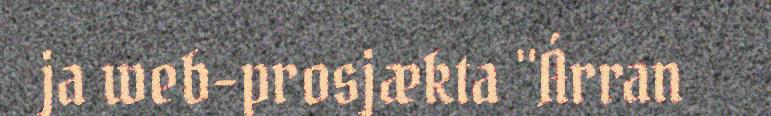
ja web-prosjækta "Árran